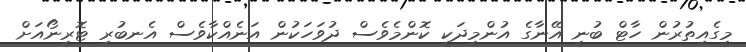
މީގެއިތުރުން ހާޓް ބުނީ އޭނާގެ އުންމީދަކީ ކޮންމެވެސް ދުވަހަކުން އަނެއްކާވެސް އެނބުރި ޓޮރީނޯއަށް